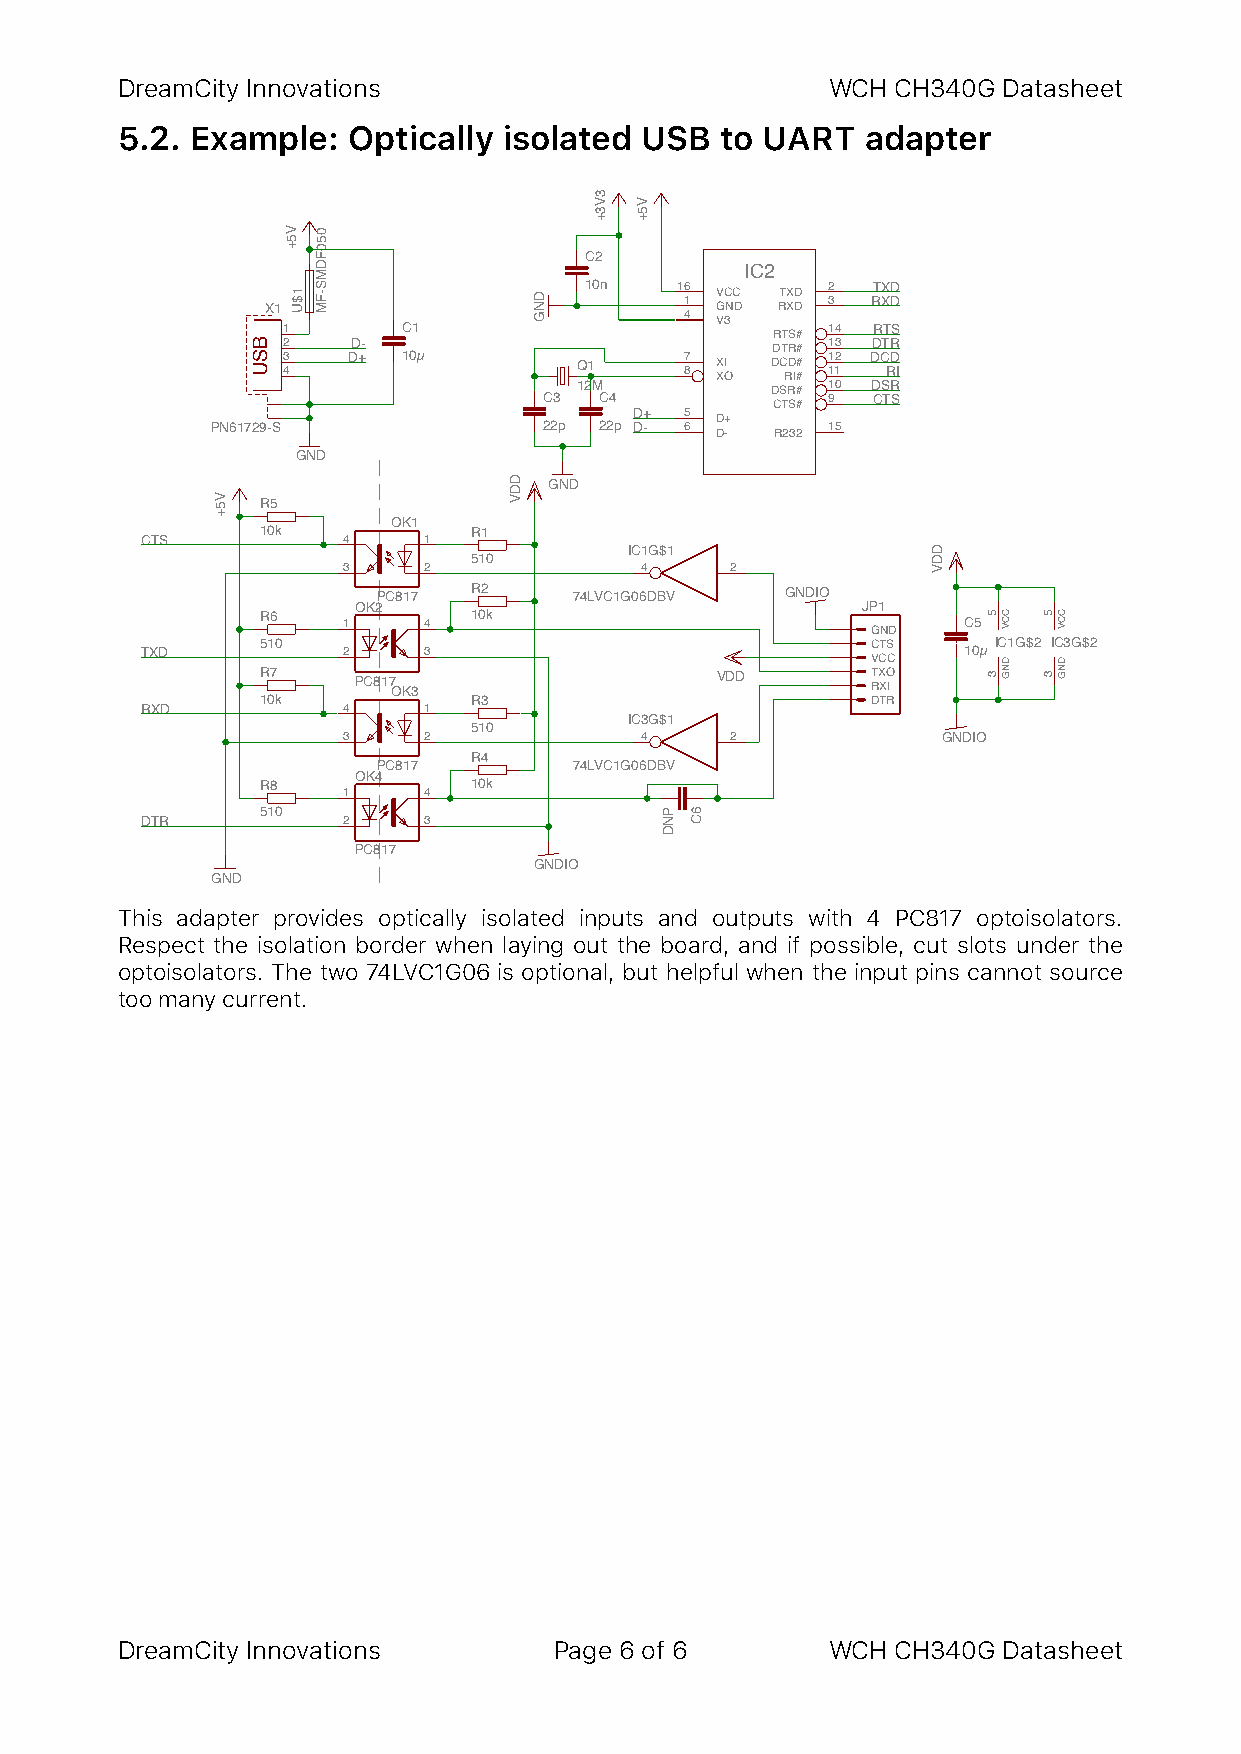
DreamCity Innovations                          WCH CH340G Datasheet
 5.2. Example:  Optically isolated USB   to UART  adapter
 C2
 IC2
 10n   16 VCC TXD 2 TXD X1 1 GND RXD 3 RXD
 4 V3
 1       C1                      RTS# 14 RTS
 2   D-                          DTR# 13 DTR
 3 4 D+  10µ        Q1     7 8 X XI O DC RD I## 1 112 DC RD I
 12M          DSR# 10 DSR
 C3  C4         CTS# 9 CTS
 D+ 5 D+
 PN61729-S             22p 22p D- 6 D- R232 15
 GND
 GND
 R5
 OK1
 10k           R1
 CTS           4    1
 IC1G$1
 510
 3    2             4     2
 PC817 R2     74LVC1G06DBV  GNDIO
 OK2                              JP1
 R6    1    4  10k                        GND   C5
 510                                      CTS     IC1G$2 IC3G$2
 TXD           2    3                             VCC   10µ
 R7     PC817 OK3              VDD        RTX XO I
 10k           R3                         DTR
 RXD           4    1
 IC3G$1
 510
 3    2             4     2             GNDIO
 R4
 PC817        74LVC1G06DBV
 OK4
 R8            10k
 1    4
 510
 DTR           2    3
 PC817
 GNDIO
 !     GND
 This adapter provides optically isolated inputs and outputs with 4 PC817 optoisolators.
 Respect the isolation border when laying out the board, and if possible, cut slots under the
 optoisolators. The two 74LVC1G06 is optional, but helpful when the input pins cannot source
 too many current.
 DreamCity Innovations        Page 6! of !6     WCH CH340G Datasheet
 V5+
 BSU
 V5+
 1$U
 050FDMS-FM
 DDV
 DNG
 3V3+
 V5+
 PND 6C
 DDV
 5
 3
 CCV
 DNG
 5
 3
 CCV
 DNG